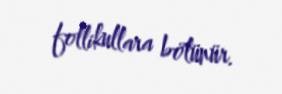
follikullara bölünür.